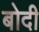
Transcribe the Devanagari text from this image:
बोदी